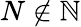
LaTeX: N\notin\mathbb{N}